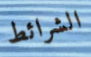
الشرائط